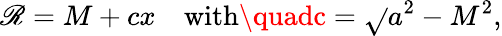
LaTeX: \mathscr{R}=M+cx\quad\mathrm{{with}}\quadc=\sqrt{}{{a^{2}-M^{2}}},